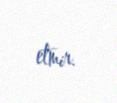
etmir.